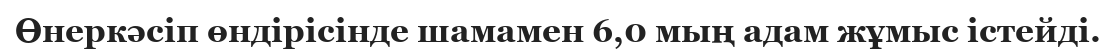
Өнеркәсіп өндірісінде шамамен 6,0 мың адам жұмыс істейді.